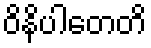
ဝိနိပါတေတိ